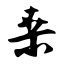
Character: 桑